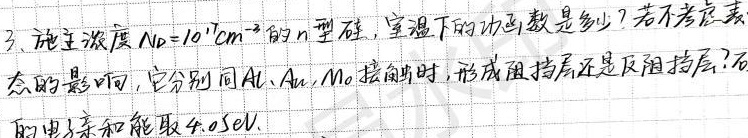
3、施主浓度$N_D = 10^{17}cm^{-3}$的$n$型硅，室温下的功函数是多少？若不考虑表面态的影响，它分别同$Al$、$Au$、$Mo$接触时，形成阻挡层还是反阻挡层？硅的电子亲和能取$4.05eV$。